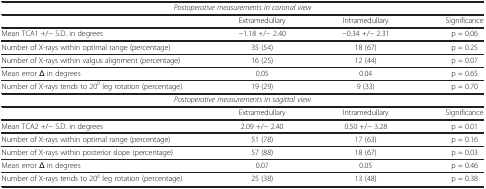
<table><thead><tr><td><b> </b></td><td><b> </b></td><td><b> </b></td><td><b> </b></td></tr></thead><tbody><tr><td colspan="4"><i>Postoperative measurements in coronal</i><i>view</i></td></tr><tr><td> </td><td>Extramedullary</td><td>Intramedullary</td><td>Significance</td></tr><tr><td>Mean TCA1 +/− S.D. in degrees</td><td>−1.18 +/− 2.40</td><td>−0.34 +/− 2.31</td><td>p = 0.06</td></tr><tr><td>Number of X-rays within optimal range (percentage)</td><td>35 (54)</td><td>18 (67)</td><td>p = 0.25</td></tr><tr><td>Number of X-rays within valgus alignment (percentage)</td><td>16 (25)</td><td>12 (44)</td><td>p = 0.07</td></tr><tr><td>Mean error Δ in degrees</td><td>0.05</td><td>0.04</td><td>p = 0.65</td></tr><tr><td>Number of X-rays tends to 20<sup>0</sup> leg rotation (percentage)</td><td>19 (29)</td><td>9 (33)</td><td>p = 0.70</td></tr><tr><td colspan="4"><i>Postoperative measurements in sagittal</i><i>view</i></td></tr><tr><td> </td><td>Extramedullary</td><td>Intramedullary</td><td>Significance</td></tr><tr><td>Mean TCA2 +/− S.D. in degrees</td><td>2.09 +/− 2.40</td><td>0.50 +/− 3.28</td><td>p = 0.01</td></tr><tr><td>Number of X-rays within optimal range (percentage)</td><td>51 (78)</td><td>17 (63)</td><td>p = 0.16</td></tr><tr><td>Number of X-rays within posterior slope (percentage)</td><td>57 (88)</td><td>18 (67)</td><td>p = 0.03</td></tr><tr><td>Mean error Δ in degrees</td><td>0.07</td><td>0.05</td><td>p = 0.46</td></tr><tr><td>Number of X-rays tends to 20<sup>0</sup> leg rotation (percentage)</td><td>25 (38)</td><td>13 (48)</td><td>p = 0.38</td></tr></tbody></table>